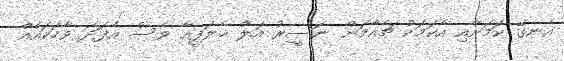
އެނގޭ ކަމަށާއި އެކަމަކު ޗެއާމަން ނަސީރު އަލް ޚެލަފީއާ ވެސް އެފަދަ ވާހަކައެއް